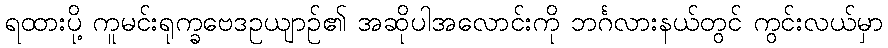
ရထားပို့ ကူမင်းရုက္ခဗေဒဥယျာဉ်၏ အဆိုပါအလောင်းကို ဘင်္ဂလားနယ်တွင် ကွင်းလယ်မှာ